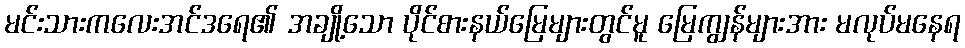
မင်းသားကလေးအင်ဒရေ၏ အချို့သော ပိုင်စားနယ်မြေများတွင်မူ မြေကျွန်များအား မလုပ်မနေရ